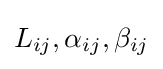
L_{ij},\alpha _{ij},\beta _{ij}